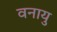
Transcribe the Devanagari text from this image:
वनायु